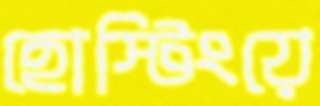
হোস্টিংয়ে